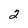
Character: 2